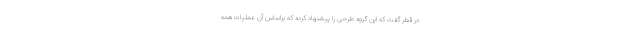
در قطر گفت که این گروه طرحی را پیشنهاد کرده که براساس آن عملیات همه